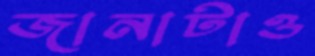
জানাটাও